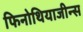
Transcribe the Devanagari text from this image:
फिनोथियाजीन्स